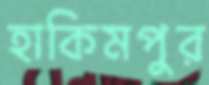
হাকিমপুর